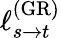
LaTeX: \ell_{s\rightarrow t}^{\mathrm{(GR)}}